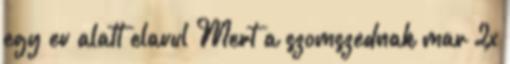
egy ev alatt elavul Mert a szomszednak mar 2x